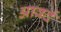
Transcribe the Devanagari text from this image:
आवर्द